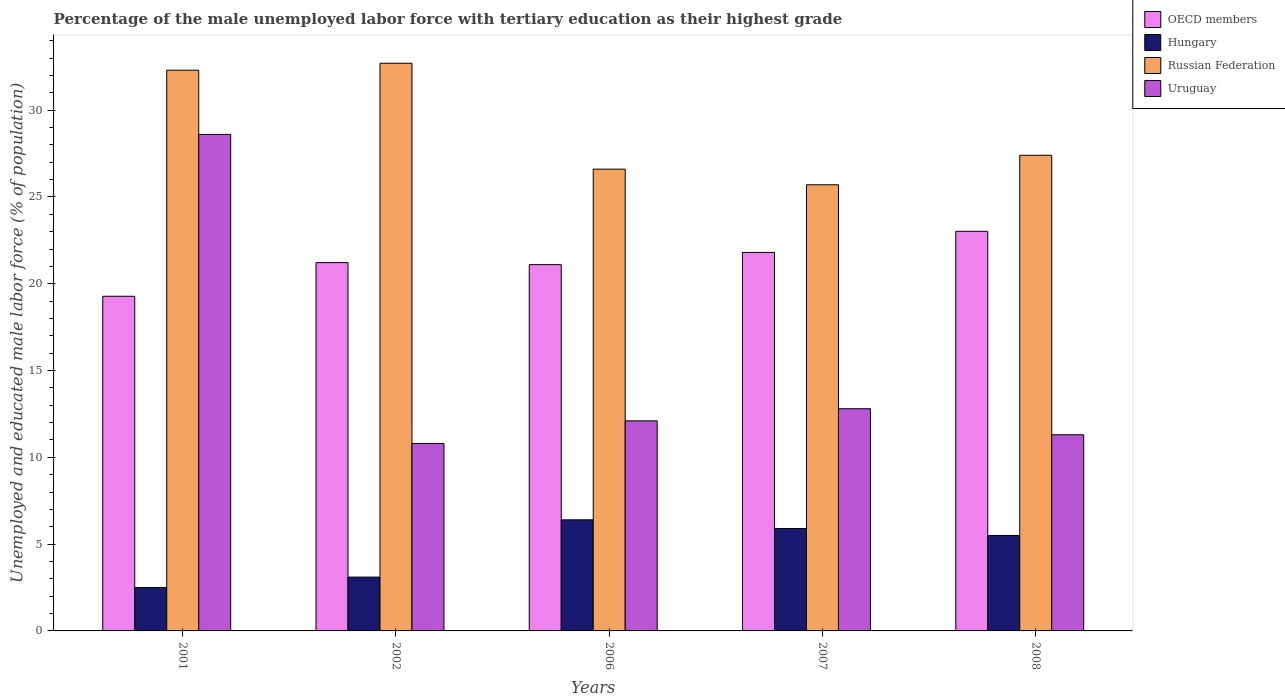
| Years | OECD members | Hungary | Russian Federation | Uruguay |
 | --- | --- | --- | --- | --- |
 | 2001 | 19.3 | 2.5 | 32.3 | 28.6 |
 | 2002 | 21.2 | 3.1 | 32.7 | 10.8 |
 | 2006 | 21.1 | 6.4 | 26.6 | 12.1 |
 | 2007 | 21.8 | 5.9 | 25.7 | 12.8 |
 | 2008 | 23 | 5.5 | 27.4 | 11.3 |